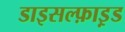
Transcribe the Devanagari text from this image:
डाइसल्फ़ाइ़ड